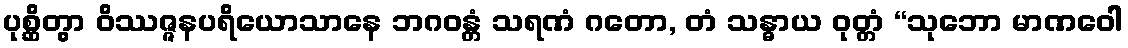
ပုစ္ဆိတွာ ဝိဿဇ္ဇနပရိယောသာနေ ဘဂဝန္တံ သရဏံ ဂတော, တံ သန္ဓာယ ဝုတ္တံ “သုဘော မာဏဝေါ